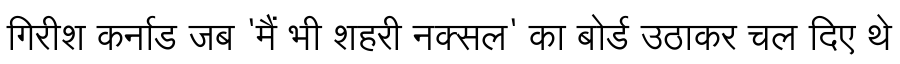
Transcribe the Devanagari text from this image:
गिरीश कर्नाड जब 'मैं भी शहरी नक्सल' का बोर्ड उठाकर चल दिए थे